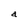
Character: a